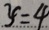
y = 4